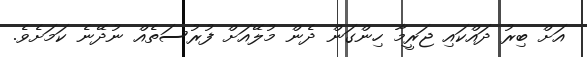
އަށް ބިރު ދައްކައި ޖަރީމާ ހިންގަން ދެން މުލޭއަށް ފުރުސަތެއް ނުދޭނެ ކަމަށެވެ.